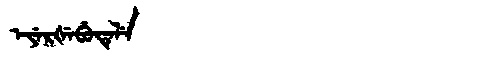
Manchu: ᡝᠶᡝᡵᡧᡝᠪᡠᡨᡝᠯᡝ
Romanization: EYERŠEBUTELE